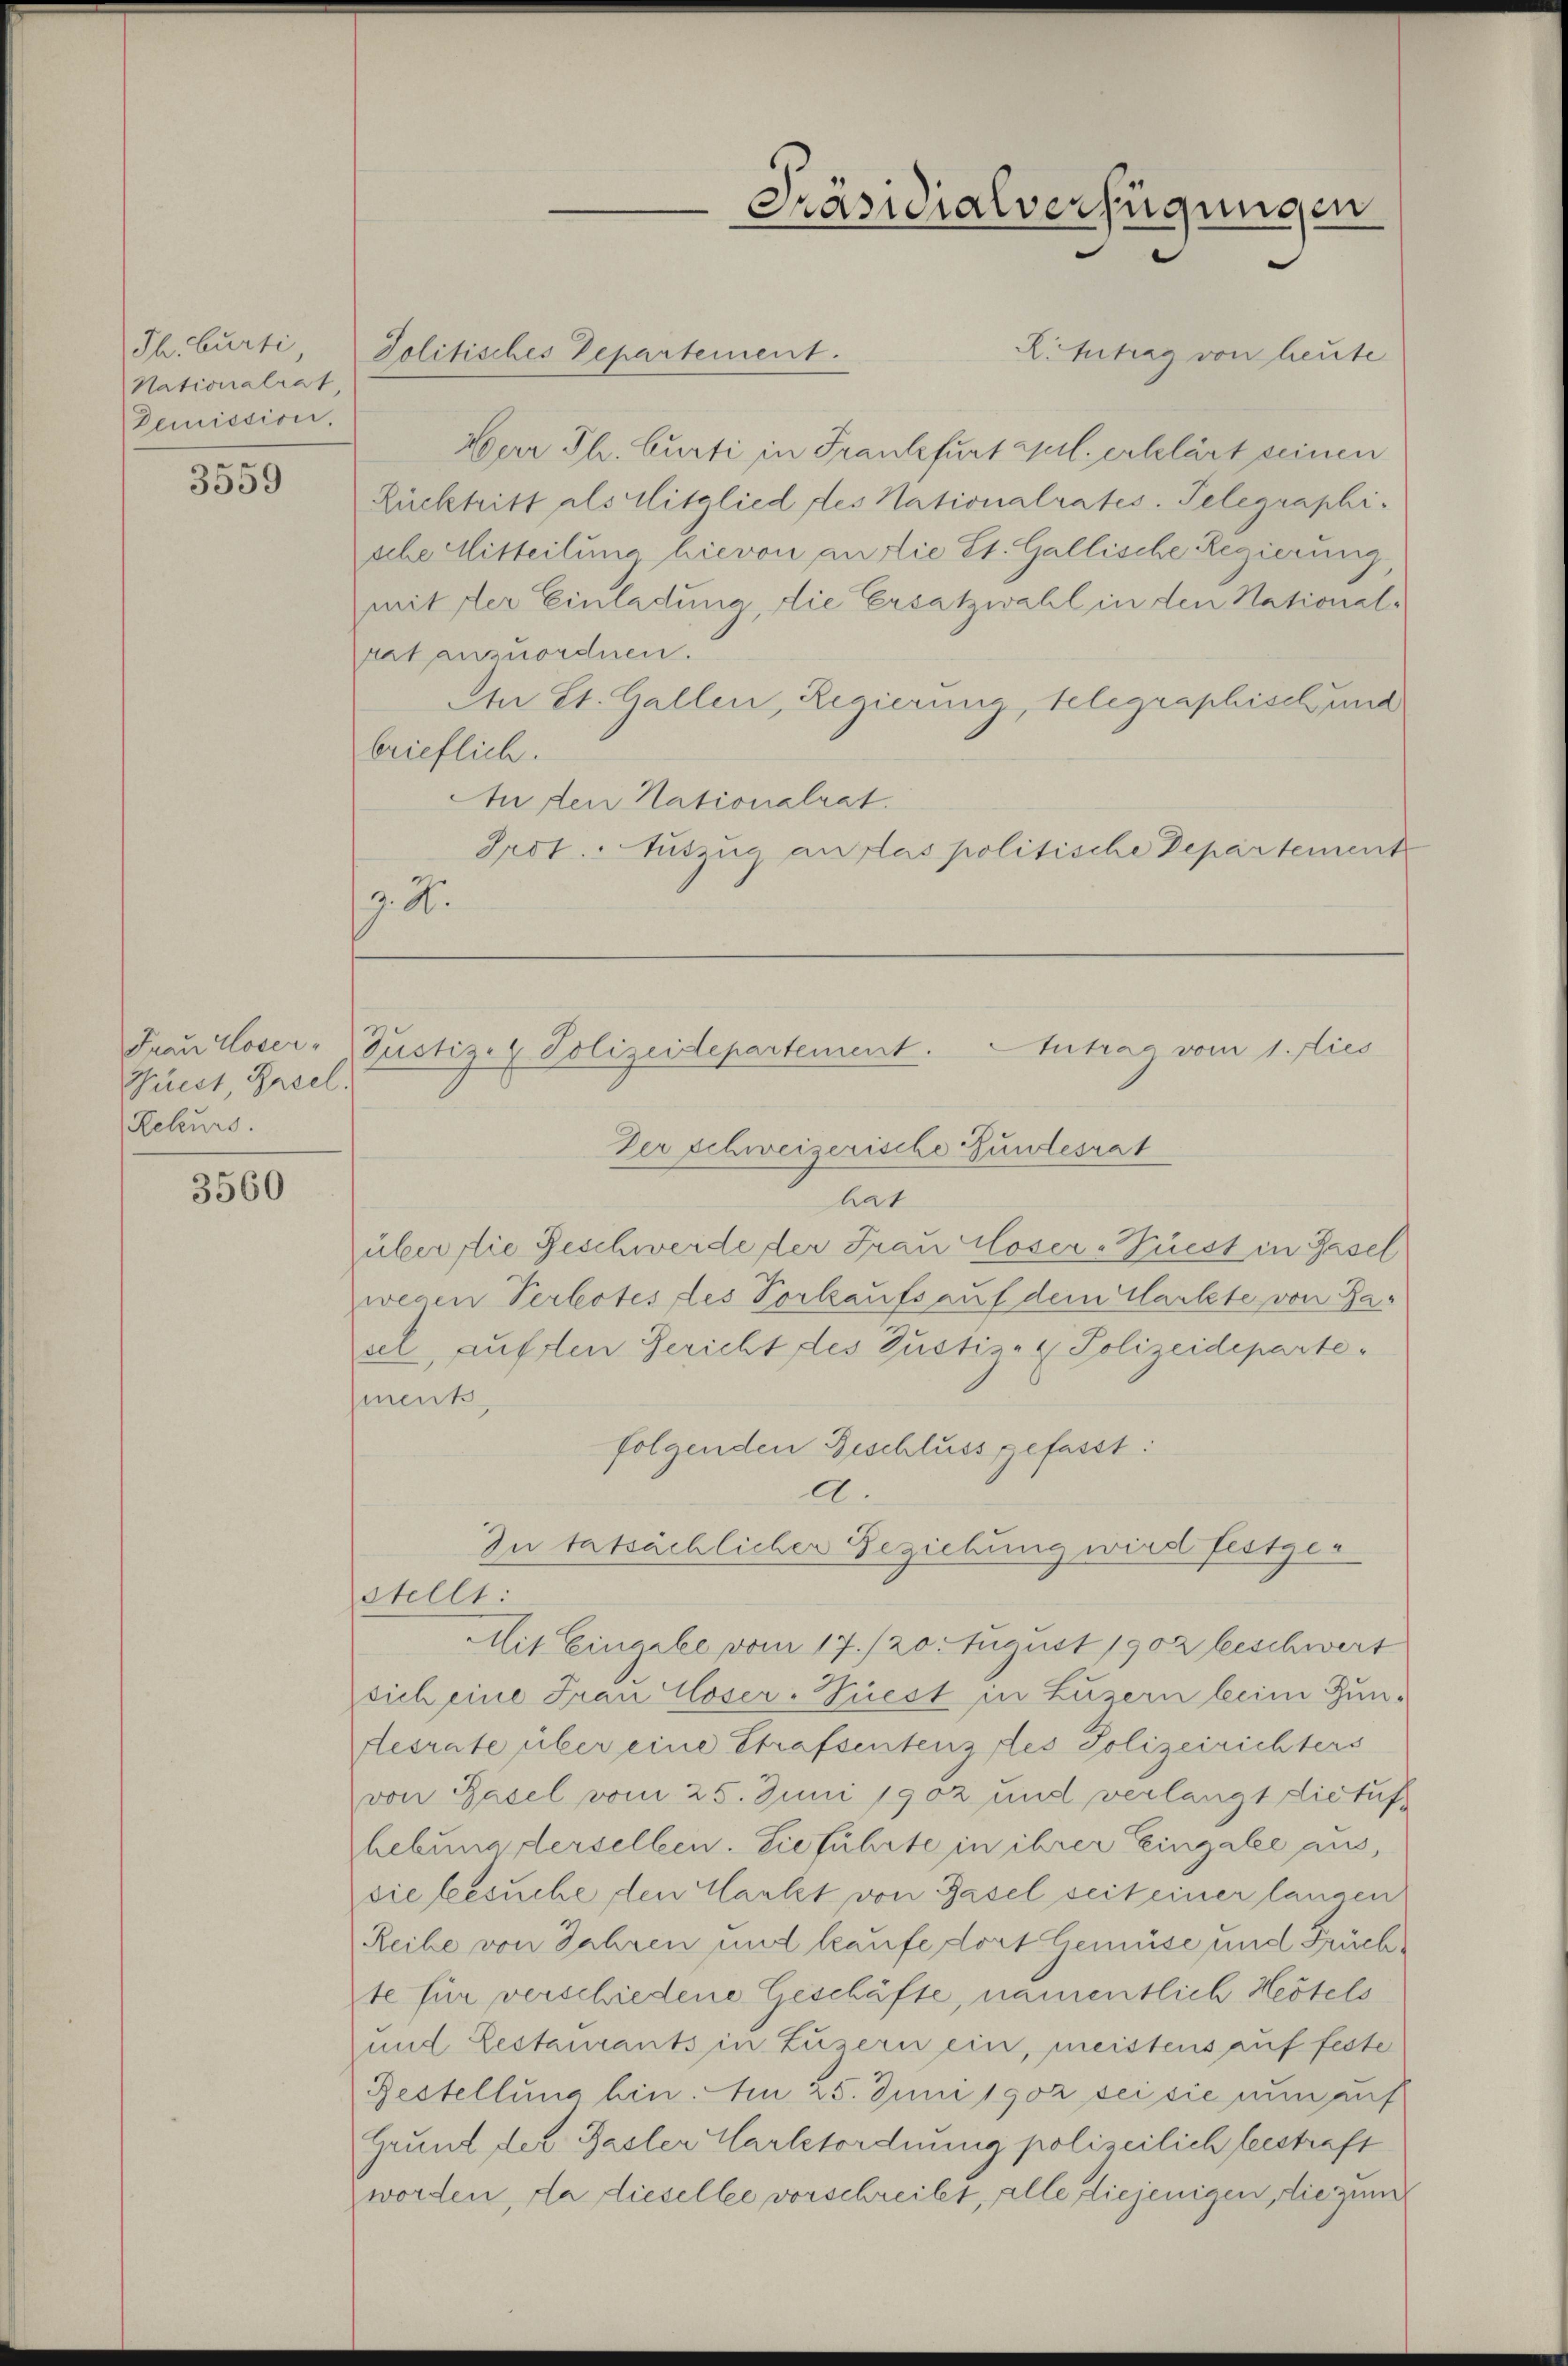
Th. Curti
Nationalrat,
Demission.

3559

Frau Moser-
Priest, Basel.
Rekurs

3560

Jolitisches Departement.
Littrag von heute
Herr Th. Curti in Frankfurt aul. erklärt seinen
Rücktritt als Mitglied des Nationalrates. Telegraphi-
sche Mitteilung hievon an die St. Gallische Regierung
mit der Einladung, die Ersatzwahl in den National-
rat anzuordnen.
An St. Gallen, Regierung, telegraphisch und
brieflich.
tu den Nationalrat.
Irot. Auszug an das politische Departement
9. X.

Antrag vom 1. Dies
Justiz- & Polizeidepartement.

Der schweizerische Fundesrat
hat
über die Geschwerde der Frau loser-Wüest in Basel
wegen Verbotes des Vorkaufs auf dem Markte von Pasel, auften Gericht des Zustiz- & Polizeideparteenk,
folgenden Beschluss gefasst:
A.
In tatsächlicher Geziehung wird festge¬
Mit Eingabe vom 17./20. August 1902 beschwert
sich eine Frau Moser-Tüest in Luzern beim Zun-
desrate über eine Strafsentenz des Polizeirichters
von Basel vom 25. Juni 1902 und verlangt die tuf
hebung derselben. Sie führte in ihrer Eingabe aus,
sie besuche den Markt von Basel seit einer langen
Reihe von Jahren und kaufe dort Gemüse und Früchte für verschiedene Geschäfte, namentlich Hertels
und Lestaurants in Luzern ein, meistens auf feste
Restellung bin. Am 25. Juni 1902 sei sie nun auf
Grund der Basler Carltordnung polizeilich bestraft
worden, da dieselbe vorschreibt, alle diejenigen, die zum

stellt:

Präsidialverfügungen